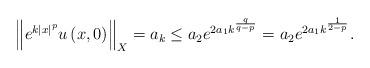
LaTeX: \begin{align*}\left\Vert e^{k\left\vert x\right\vert ^{p}}u\left( x,0\right) \right\Vert_{X}=a_{k}\leq a_{2}e^{2a_{1}k^{\frac{q}{q-p}}}=a_{2}e^{2a_{1}k^{\frac{1}{2-p}}}. \end{align*}